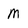
Character: M